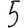
Digit: 5